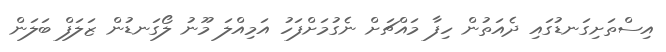
އިސްތަށިގަނޑުގައި ދެއަތުން ހިފާ މައްޗަށް ނެގުމަށްފަހު އަމިއްލަ މޫނު ލޯގަނޑުން ޒަލަފް ބަލަން